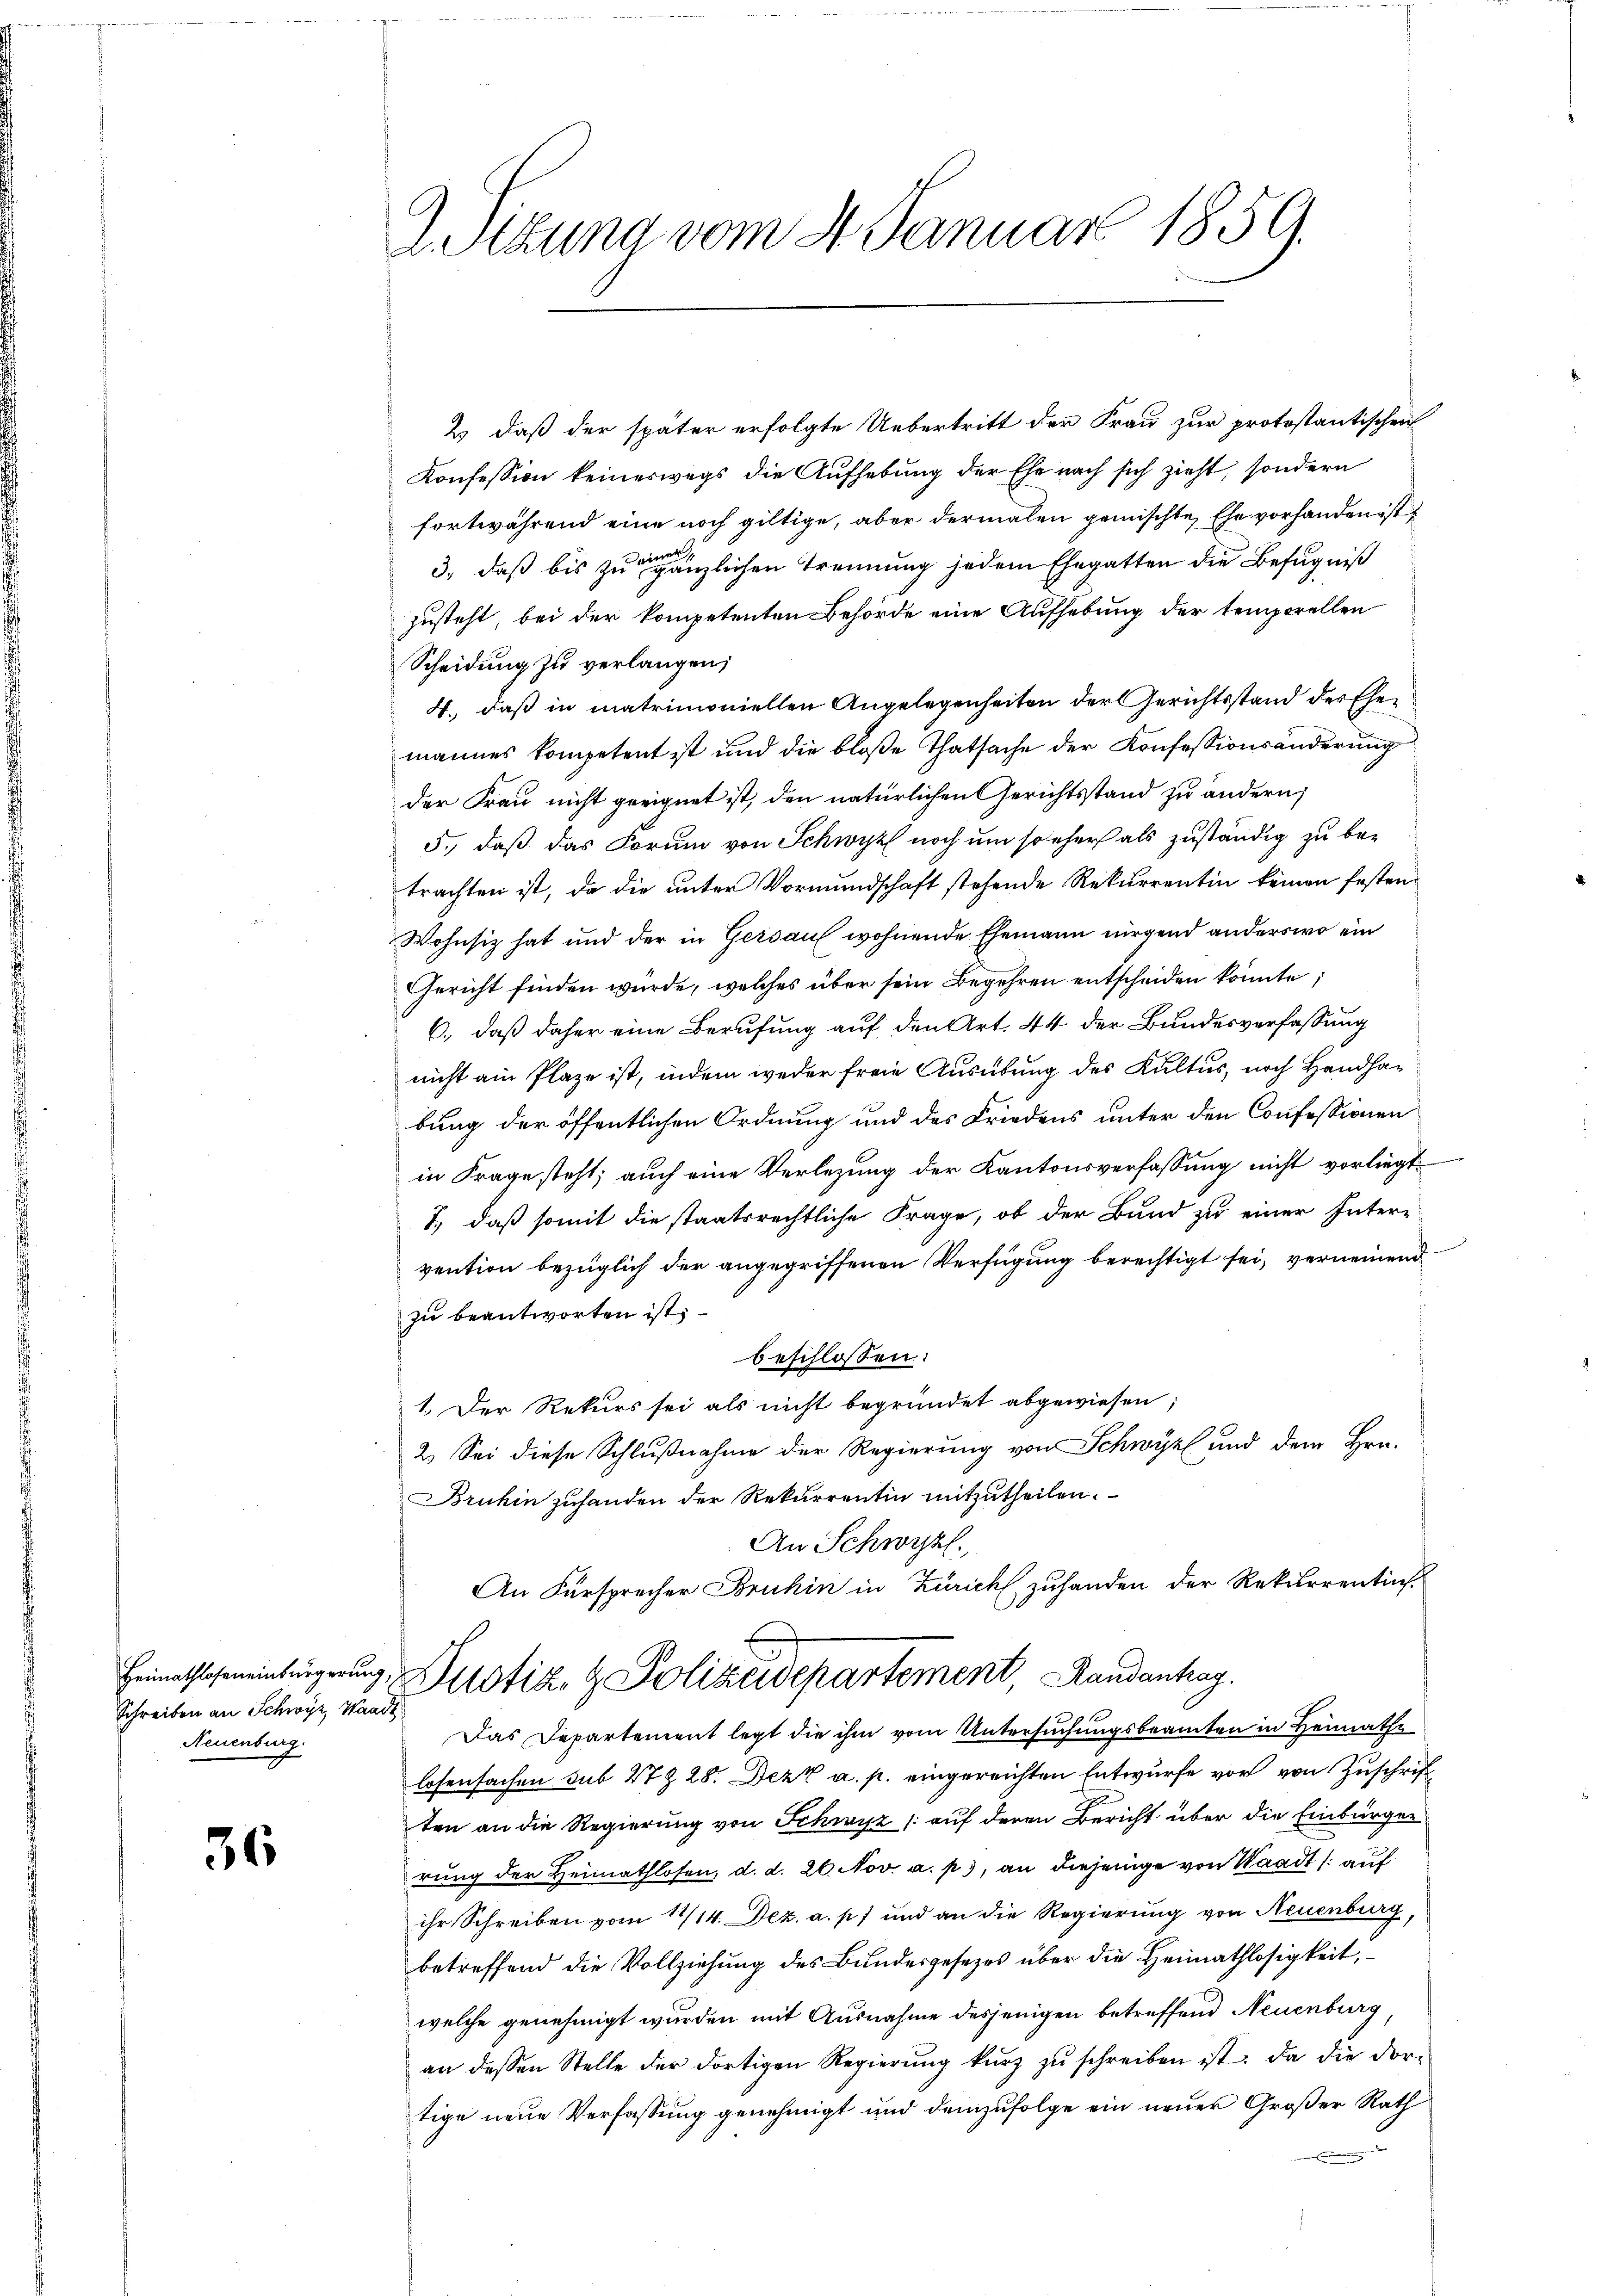
Schreiben an Schwyz, Waadt
Neuenburg.

36

Sitzung vom 4. Januar 1859.

2) daß der später erfolgte Uebertritt der Frau zur protostantischen
Konfession keineswegs die Aufhebung der Ehe nach sich zieht, sondern
fortwährend eine noch giltige, aber dermalen gemischte, Ehe vorhanden ist
er
3., daß bis zu gänzlichen Trennung jedem Ehegatten die Befugniß
zusteht, bei der kompetenten Behörde eine Aufhebung der temporellen
Scheidung zu verlangen;
4., daß in matrimoniellen Angelegenheiten der Gerichtsstand des Ehemannes kompetent ist und die bloße Thatsache der Konfessionsänderung
der Frau nicht geeignet ist, den natürlichen Gerichtsstand zu ändern;
5., daß das Forum von Schwyz noch um so eher als zuständig zu betrachten ist, da die unter Vormundschaft stehende Rekurrentin keinen festen
Wohnsitz hat und der in Gersauf wohnende Ehemann nirgend anderswo ein
Gericht finden würde, welches über sein Begehren entscheiden könnte,
6., daß daher eine Berufung auf den Art. 44 der Bundesverfassung
nicht am Plaze ist, indem weder freie Ausübung des Kultus, noch Handhabung der öffentlichen Ordnung und des Friedens unter den Confessionen
in Frage steht; auch eine Verlegung der Kantonsverfassung nicht vorliegt.
7., daß somit die staatsrechtliche Frage, ob der Bund zu einer Intere
vention bezüglich der angegriffenen Verfügung berechtigt sei, verneinend
zu beantworten ist;
beschlossen:
1. Der Rekurs sei als nicht begründet abgewiesen
2.) Sei diese Schlußnahme der Regierung von Schwyz und dem Hrn.
Bruhin zuhanden der Rekurrentin mitzutheilen.
An Schwyzl.
An Fürsprecher Bruhin in Zürich zuhanden der Rekurrentin-
Heimathscheintrigerŭng, Justiz- & Polizeidepartement, Randanhag
Das Departement legt die ihm vom Untersuchungsbeamten in Heimathe
losensachen sub 27 Z 28. Dezk a. p. eingereichten Entwurfe vor von Zuschriften an die Regierung von Schwyz /: auf deren Bericht über die Einbürger
rung der Heimathlosen, d. d. 26. Nov. a. p.), an diejenige von Waadt /: auf
ihr Schreiben vom 17/14. Dez. a. p.) und an die Regierung von Neuenburg,
betreffend die Vollziehung des Bundesgesezes über die Heimathlosigkeit,
welche genehmigt wurden mit Ausnahme desjenigen betreffend Neuenburg
an dessen Stelle der dortigen Regierung kurz zu schreiben ist. Da die dortige neue Verfassung genehmigt und demzufolge ein neuer Großer Rath